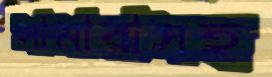
সামারাসহ